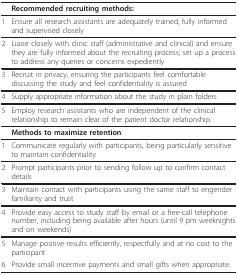
<table><thead><tr><td></td><td><b>Recommended recruiting methods:</b></td></tr></thead><tbody><tr><td>1</td><td>Ensure all research assistants are adequately trained, fully informed and supervised closely</td></tr><tr><td>2</td><td>Liaise closely with clinic staff (administrative and clinical) and ensure they are fully informed about the recruiting process; set up a process to address any queries or concerns expediently</td></tr><tr><td>3</td><td>Recruit in privacy, ensuring the participants feel comfortable discussing the study and feel confidentiality is assured</td></tr><tr><td>4</td><td>Supply appropriate information about the study in plain folders</td></tr><tr><td>5</td><td>Employ research assistants who are independent of the clinical relationship to remain clear of the patient doctor relationship.</td></tr><tr><td></td><td><b>Methods to maximize retention</b>:</td></tr><tr><td>1</td><td>Communicate regularly with participants, being particularly sensitive to maintain confidentiality</td></tr><tr><td>2</td><td>Prompt participants prior to sending follow up to confirm contact details</td></tr><tr><td>3</td><td>Maintain contact with participants using the same staff to engender familiarity and trust</td></tr><tr><td>4</td><td>Provide easy access to study staff by email or a free-call telephone number, including being available after hours (until 9 pm weeknights and on weekends)</td></tr><tr><td>5</td><td>Manage positive results efficiently, respectfully and at no cost to the participant</td></tr><tr><td>6</td><td>Provide small incentive payments and small gifts when appropriate.</td></tr></tbody></table>